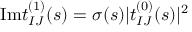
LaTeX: \mathrm { I m } t _ { I J } ^ { ( 1 ) } ( s ) = \sigma ( s ) \vert t _ { I J } ^ { ( 0 ) } ( s ) \vert ^ { 2 }